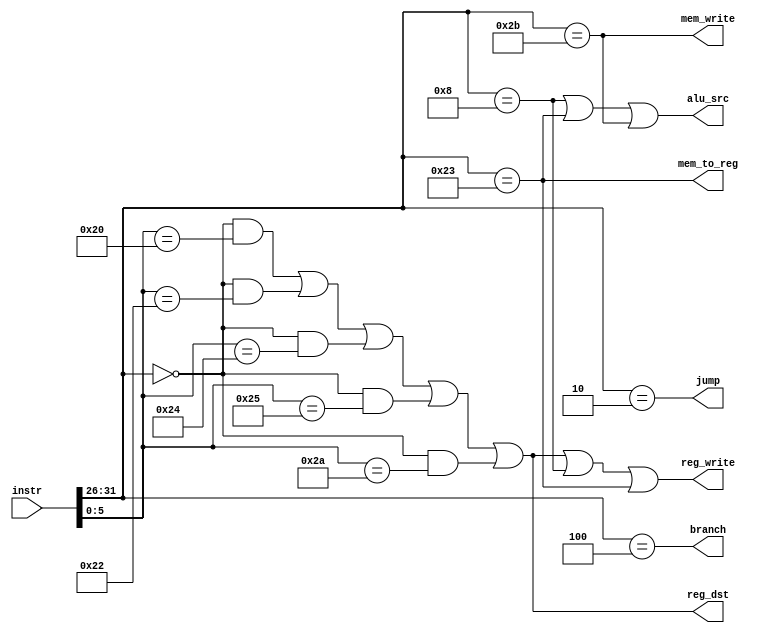
module maindec (
	input  [31:0] instr     ,
	//
	output        branch    ,
	output        jump      ,
	output        mem_to_reg,
	output        mem_write ,
	output        reg_dst   ,
	output        reg_write ,
	output        alu_src
);

	wire [5:0] opcode;
	assign opcode = instr[31:26];

	wire [5:0] func;
	assign func = instr[5:0];

	wire is_add = ((opcode == 6'h00) & (func == 6'h20));
	wire is_sub = ((opcode == 6'h00) & (func == 6'h22));
	wire is_and = ((opcode == 6'h00) & (func == 6'h24));
	wire is_or  = ((opcode == 6'h00) & (func == 6'h25));
	wire is_slt = ((opcode == 6'h00) & (func == 6'h2A));

	wire is_lw = (opcode == 6'h23);
	wire is_sw = (opcode == 6'h2B);

	wire is_beq  = (opcode == 6'h04);
	wire is_addi = (opcode == 6'h08);
	wire is_j    = (opcode == 6'h02);

	assign branch     = is_beq;
	assign jump       = is_j;
	assign mem_to_reg = is_lw;
	assign mem_write  = is_sw;
	assign reg_dst    = is_add | is_sub | is_and | is_or | is_slt;
	assign reg_write  = is_add | is_sub | is_and | is_or | is_slt | is_addi | is_lw;
	assign alu_src    = is_addi | is_lw | is_sw;

endmodule